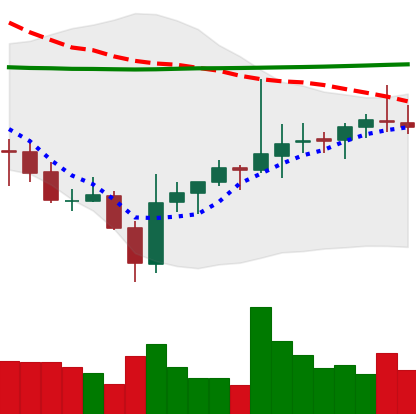
Ticker: ADA-USD
Chart end date: 2021-08-02
Forward return: 12.26%
Label: up_7plus